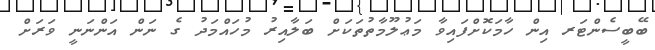
ބޭބީސެންޓަރ އިން ހާމަކޮށްފައިވާ މަޢުލޫމާތުތަކަށް ބަލާއިރު މުހައްމަދު ގެ ނަން އަންނަނީ ވަރަށް